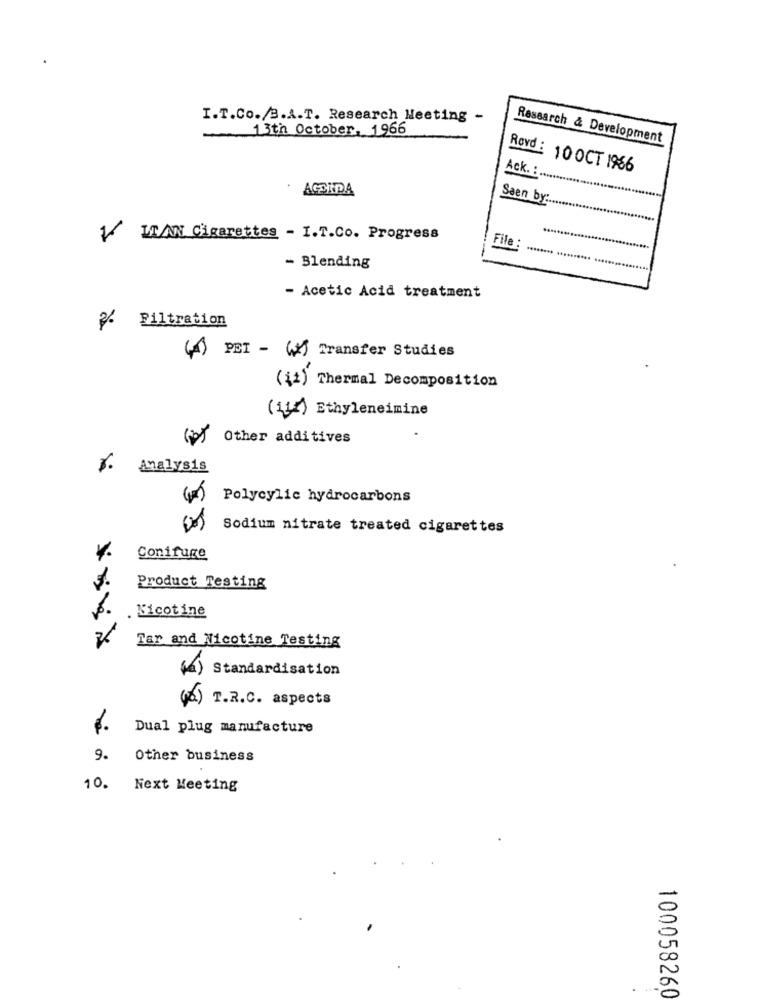
I.T.Co./3.A.T. Research Meeting -
13th October, 1966
Research & Development
Ack. :
Rovd : 10 0CT 1966
AGCIDA
Saen by:
LT/AN Cigarettes - I.T.Co. Progress
File :
- Blending
- Acetic Acid treatment
Filtration
() PET - () Transfer Studies
(¿2) Thermal Decomposition
(112) Ethyleneimine
(p) Other additives
%.
Analysis
Polycylic hydrocarbons
Sodium nitrate treated cigarettes
Conifuge
Product Testing
Nicotine
Tar and Nicotine Testing
() Standardisation
(a) T.R.C. aspects
6.
Dual plug manufacture
9. Other business
10. Next Meeting
100058260